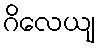
ဂိလေယျ